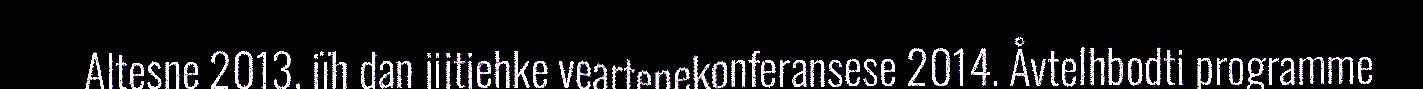
Altesne 2013, jïh dan jijtjehke veartenekonferansese 2014. Åvtelhbodti programme